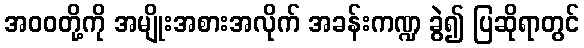
အဝဝတို့ကို အမျိုးအစားအလိုက် အခန်းကဏ္ဍ ခွဲ၍ ပြဆိုရာတွင်